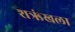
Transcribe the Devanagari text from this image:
शऋंखला